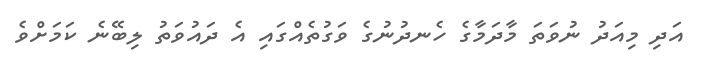
އަދި މިއަދު ނުވަތަ މާދަމާގެ ހެނދުނުގެ ވަގުތެއްގައި އެ ދައުވަތު ލިބޭނެ ކަމަށްވެ